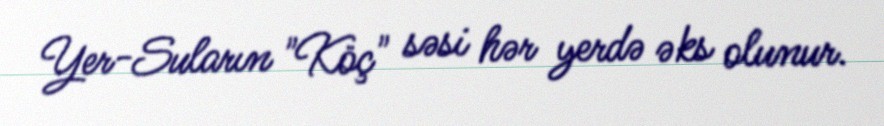
Yer-Suların "Köç" səsi hər yerdə əks olunur.